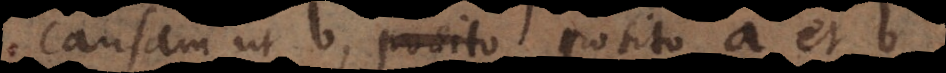
causam ut b, posito a et b